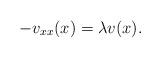
LaTeX: \begin{align*}-v_{xx}(x) = \lambda v(x).\end{align*}